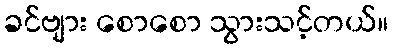
ခင်ဗျား စောစော သွားသင့်တယ်။